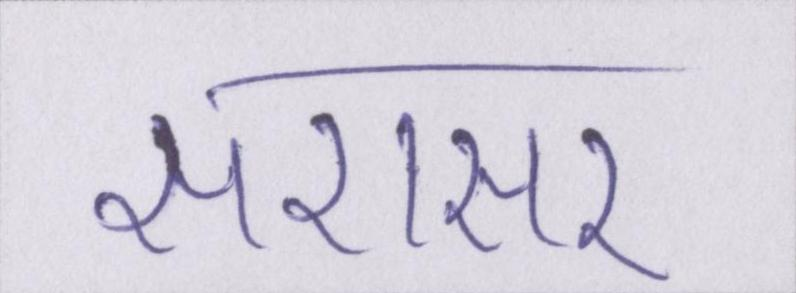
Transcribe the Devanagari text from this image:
सरासर